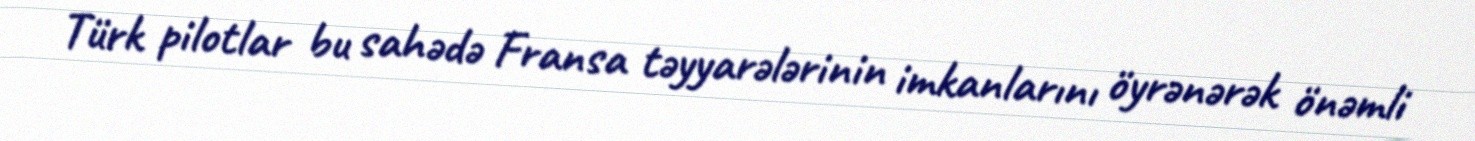
Türk pilotlar bu sahədə Fransa təyyarələrinin imkanlarını öyrənərək önəmli